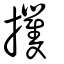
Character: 攫